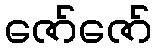
ဇော်ဇော်